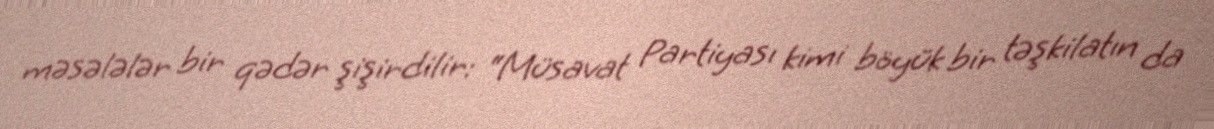
məsələlər bir qədər şişirdilir: “Müsavat Partiyası kimi böyük bir təşkilatın da